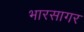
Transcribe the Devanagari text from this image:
भारसागर